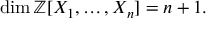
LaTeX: \dim \mathbb { Z } [ X _ { 1 } , \ldots , X _ { n } ] = n + 1 .